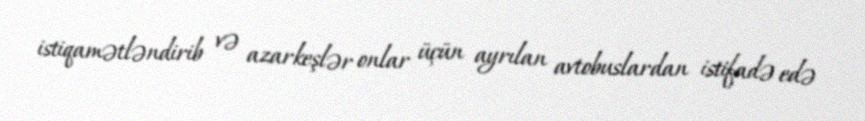
istiqamətləndirib və azarkeşlər onlar üçün ayrılan avtobuslardan istifadə edə